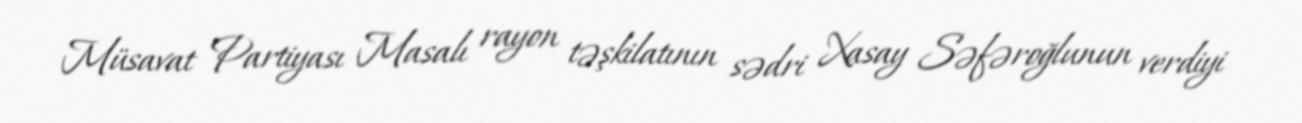
Müsavat Partiyası Masalı rayon təşkilatının sədri Xasay Səfəroğlunun verdiyi